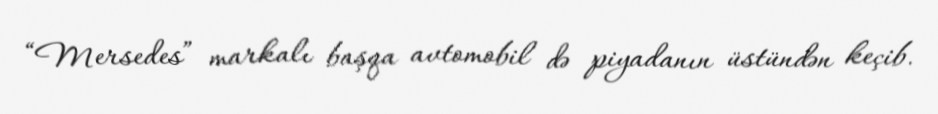
“Mersedes” markalı başqa avtomobil də piyadanın üstündən keçib.